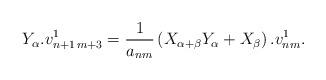
LaTeX: \begin{align*} Y_\alpha.v_{n+1\,m+3}^1=\frac1{a_{nm}}\left(X_{\alpha+\beta}Y_\alpha+ X_\beta\right).v_{nm}^1.\end{align*}